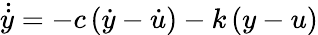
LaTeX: \dot{\dot{y}}=-c\left(\dot{y}-\dot{u}\right)-k\left(y-u\right)